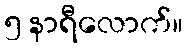
၅ နာရီလောက်။